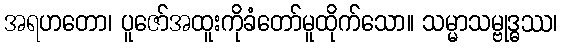
အရဟတော၊ ပူဇော်အထူးကိုခံတော်မူထိုက်သော။ သမ္မာသမ္ဗုဒ္ဓဿ၊